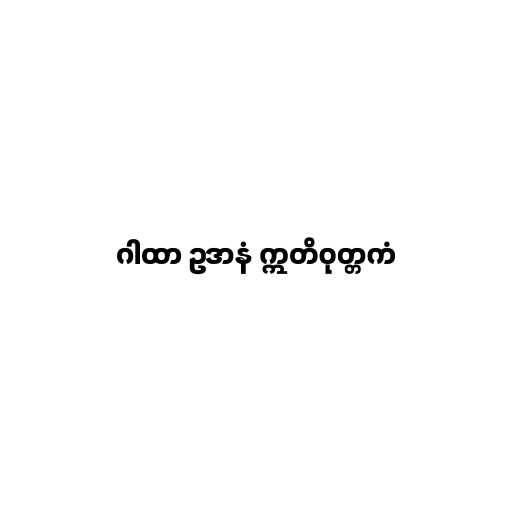
ဂါထာ ဥဒာနံ ဣတိဝုတ္တကံ